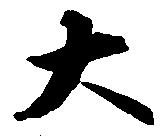
大